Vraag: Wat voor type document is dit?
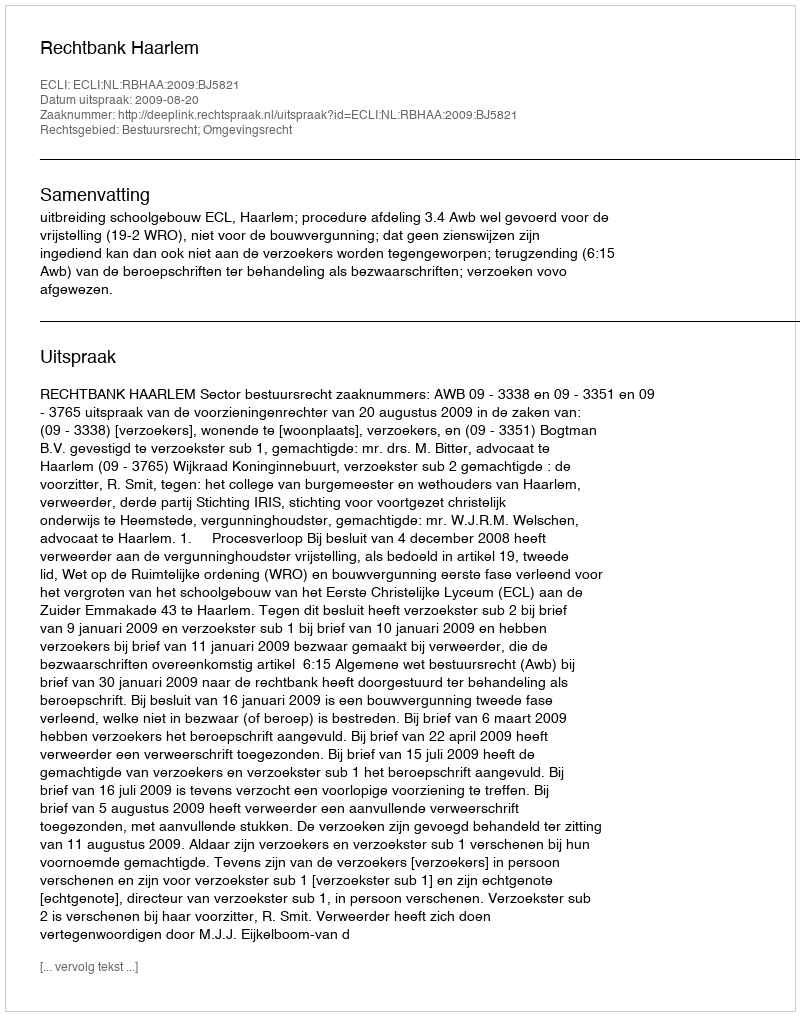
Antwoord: Uitspraak